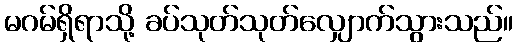
မဂမ်ရှိရာသို့ ခပ်သုတ်သုတ်လျှောက်သွားသည်။